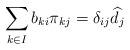
LaTeX: \begin{align*} \sum_{k \in I} b_{ki}\pi_{kj} =\delta_{ij}\widehat{d}_j \end{align*}